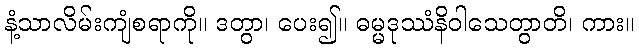
နံ့သာလိမ်းကျံစရာကို။ ဒတွာ၊ ပေး၍။ ဓမ္မဒုဿံနိဝါသေတွာတိ၊ ကား။